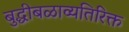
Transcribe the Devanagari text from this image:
बुद्धीबळाव्यतिरिक्त